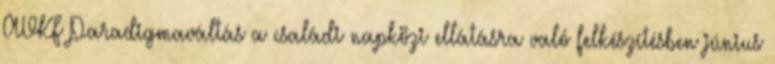
AVKF Paradigmaváltás a családi napközi ellátásra való felkészítésben június